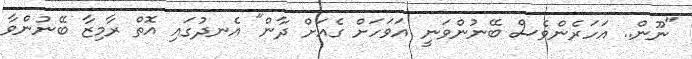
"ނޫން.. އަހަރެންވެސް ބޭނުންވަނީ އަވަހަށް ގެއަށް ދާން" އެނދުގައި އޮތް ރާމިޒާ ބޭނުންވާ